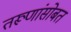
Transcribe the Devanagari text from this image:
तरूणांसोबत